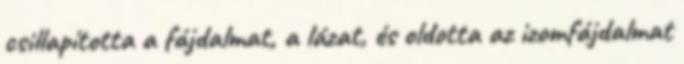
csillapította a fájdalmat, a lázat, és oldotta az izomfájdalmat